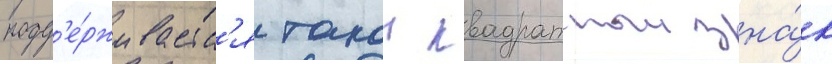
подд'е́рживаетс'я такои квадратныи зна́к